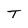
Character: T